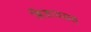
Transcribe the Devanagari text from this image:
बिजायग्रह